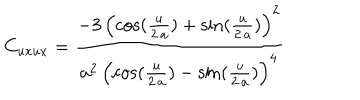
C _ { u x u x } = { \frac { - 3 \, { { \left( \cos ( { \frac { u } { 2 \, a } } ) + \sin ( { \frac { u } { 2 \, a } } ) \right) } ^ { 2 } } } { { a ^ { 2 } } \, { { \left( \cos ( { \frac { u } { 2 \, a } } ) - \sin ( { \frac { u } { 2 \, a } } ) \right) } ^ { 4 } } } }